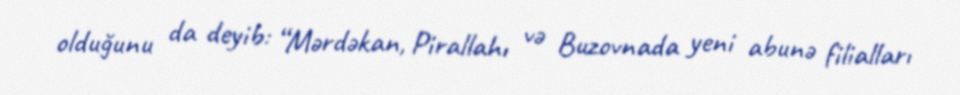
olduğunu da deyib: “Mərdəkan, Pirallahı və Buzovnada yeni abunə filialları